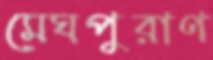
মেঘপুরাণ